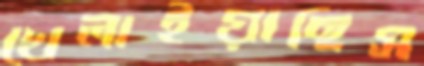
খেলাইয়াছিস